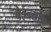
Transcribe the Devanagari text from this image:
बेइन्साफ़